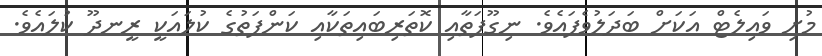
މުށި ވައިލެޓް އަކަށް ބަދަލުވެފައެވެ. ނިގޫފަތާއި ކޮތަރިބައިތަކާއި ކަންފަތުގެ ކުލައަކީ ރީނދޫ ކުލައެވެ.